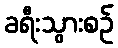
ခရီးသွားစဉ်